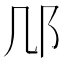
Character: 䢳